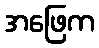
အဖြေက